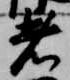
者